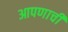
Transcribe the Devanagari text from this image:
आपणाची